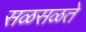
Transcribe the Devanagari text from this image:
सळसळते